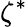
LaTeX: \zeta^{*}